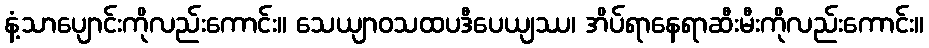
နံ့သာပျောင်းကိုလည်းကောင်း။ သေယျာဝသထပဒီပေယျဿ၊ အိပ်ရာနေရာဆီးမီးကိုလည်းကောင်း။